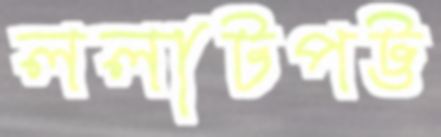
ললাটপট্ট